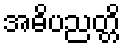
အဓိပညတ္တိ